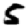
Digit: 5